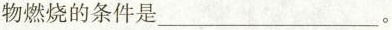
物燃烧的条件是___。